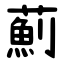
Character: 薊